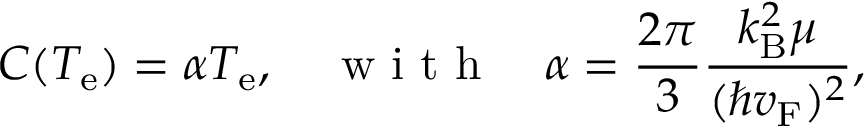
C ( T _ { \mathrm { e } } ) = \alpha T _ { \mathrm { e } } , ~ ~ ~ \mathrm { ~ w ~ i ~ t ~ h ~ } ~ ~ ~ \alpha = \frac { 2 \pi } { 3 } \frac { k _ { \mathrm { B } } ^ { 2 } \mu } { ( \hbar v _ { \mathrm { F } } ) ^ { 2 } } ,